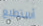
أستطيع